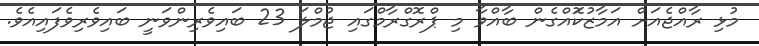
މުޅި ރާއްޖެއަށް އަމާޒުކޮައްގެން ބާއްވާ މި ޕްރޮގްރާމްގައި ޖުމްލަ 23 ބައިވެރިންވަނީ ބައިވެރިވެފައިއެވެ.